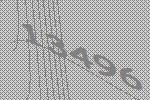
13496